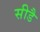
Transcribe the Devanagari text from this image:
सीडै